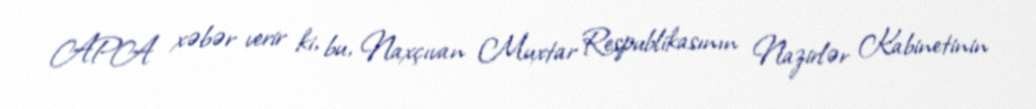
APA xəbər verir ki, bu, Naxçıvan Muxtar Respublikasının Nazirlər Kabinetinin